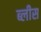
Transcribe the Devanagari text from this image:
ब्लीस